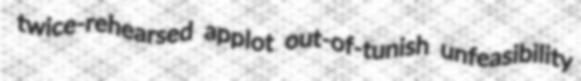
twice-rehearsed applot out-of-tunish unfeasibility